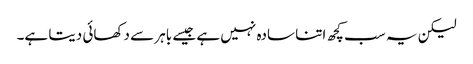
لیکن یہ سب کچھ اتنا سادہ نہیں ہے جیسے باہر سے دکھائی دیتا ہے۔